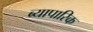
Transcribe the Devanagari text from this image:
ब्यापारिक